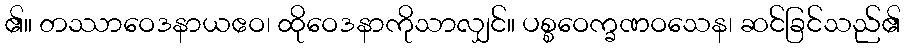
၏။ တဿာဝေဒနာယဧဝ၊ ထိုဝေဒနာကိုသာလျှင်။ ပစ္စဝေက္ခဏဝသေန၊ ဆင်ခြင်သည်၏